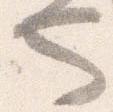
也